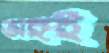
অঙ্গই